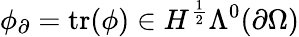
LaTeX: \phi_{\partial}=\mathrm{tr}(\phi)\in H^{\frac{1}{2}}\Lambda^{0}(\partial\Omega)